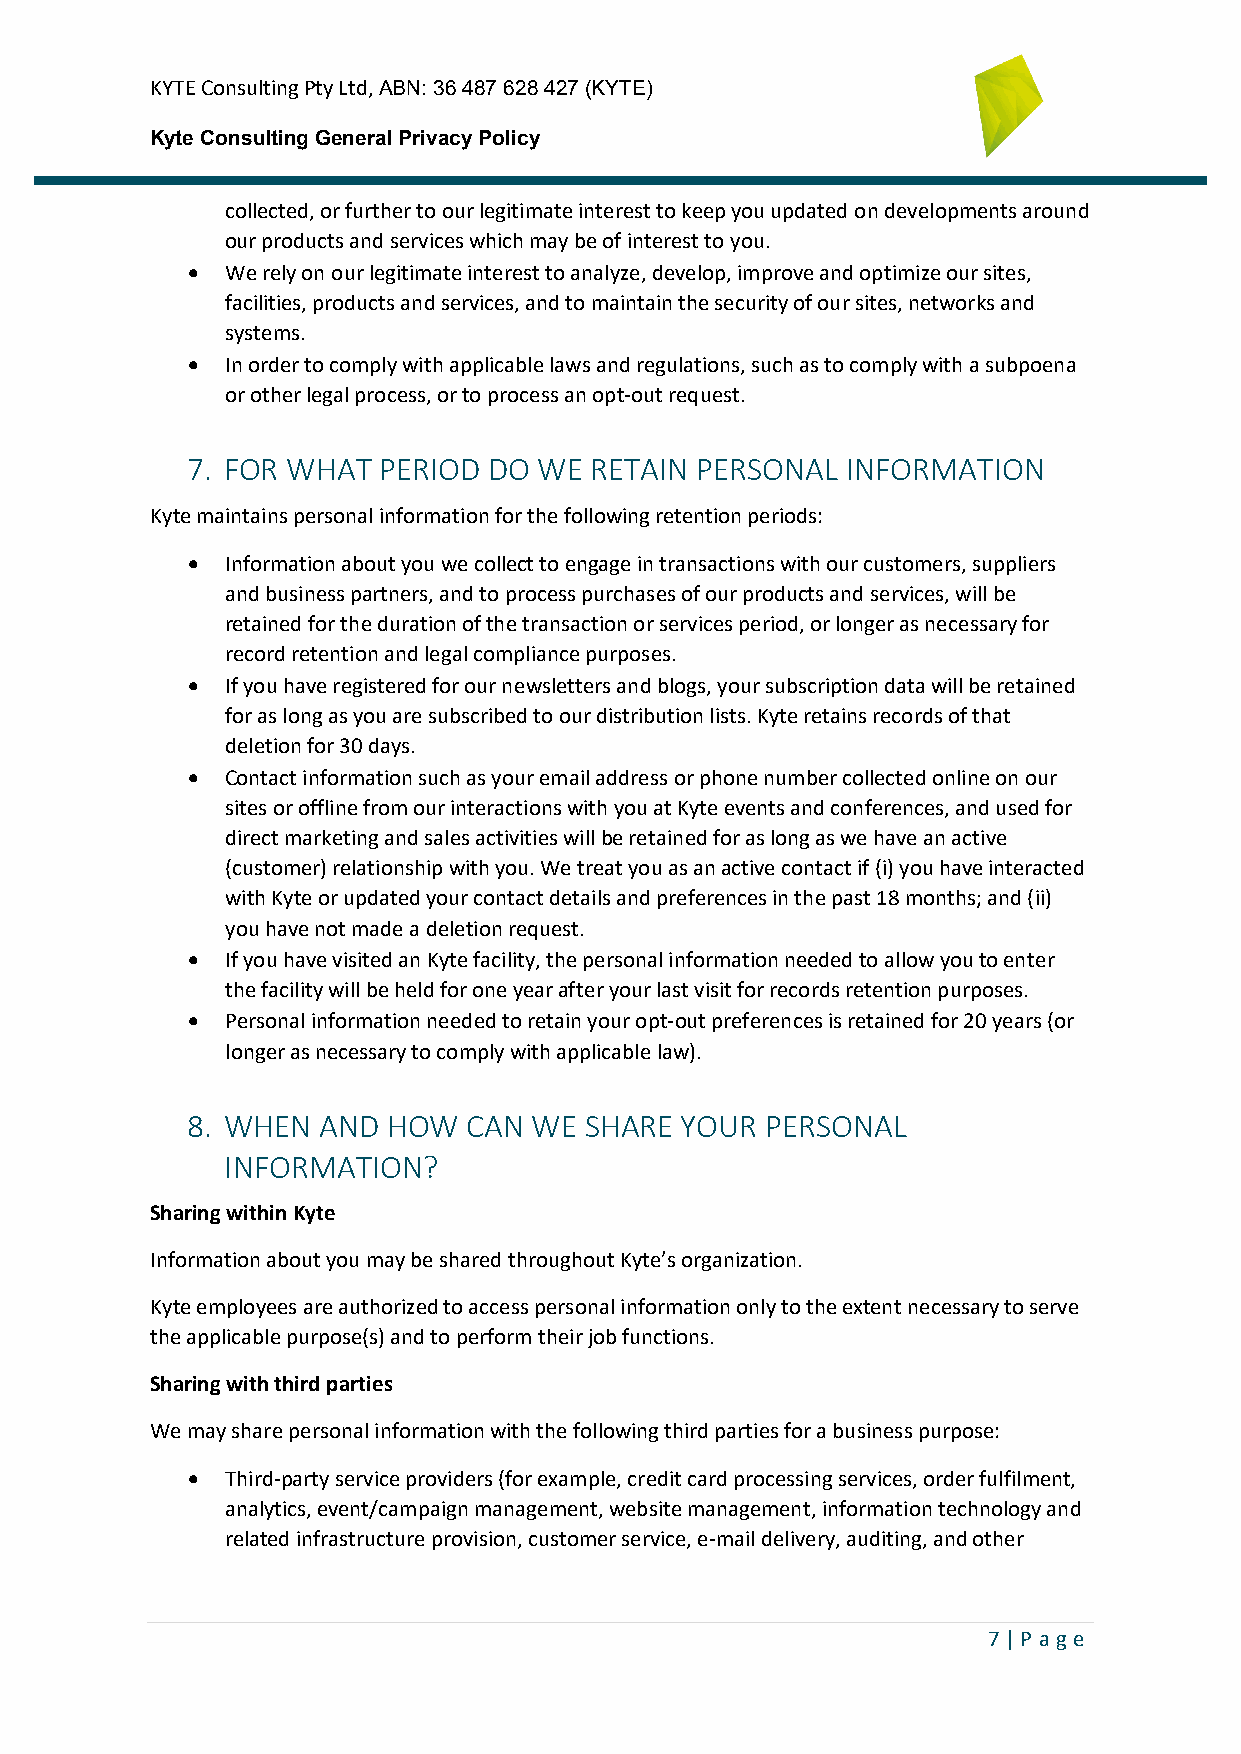
KYTE Consulting Pty Ltd, ABN: 36 487 628 427 (KYTE)
 Kyte Consulting General Privacy Policy
 collected, or further to our legitimate interest to keep you updated on developments around
 our products and services which may be of interest to you.
 •  We rely on our legitimate interest to analyze, develop, improve and optimize our sites,
 facilities, products and services, and to maintain the security of our sites, networks and
 systems.
 •  In order to comply with applicable laws and regulations, such as to comply with a subpoena
 or other legal process, or to process an opt-out request.
 7. FOR WHAT  PERIOD DO  WE RETAIN PERSONAL  INFORMATION
 Kyte maintains personal information for the following retention periods:
 •  Information about you we collect to engage in transactions with our customers, suppliers
 and business partners, and to process purchases of our products and services, will be
 retained for the duration of the transaction or services period, or longer as necessary for
 record retention and legal compliance purposes.
 •  If you have registered for our newsletters and blogs, your subscription data will be retained
 for as long as you are subscribed to our distribution lists. Kyte retains records of that
 deletion for 30 days.
 •  Contact information such as your email address or phone number collected online on our
 sites or offline from our interactions with you at Kyte events and conferences, and used for
 direct marketing and sales activities will be retained for as long as we have an active
 (customer) relationship with you. We treat you as an active contact if (i) you have interacted
 with Kyte or updated your contact details and preferences in the past 18 months; and (ii)
 you have not made a deletion request.
 •  If you have visited an Kyte facility, the personal information needed to allow you to enter
 the facility will be held for one year after your last visit for records retention purposes.
 •  Personal information needed to retain your opt-out preferences is retained for 20 years (or
 longer as necessary to comply with applicable law).
 8. WHEN  AND  HOW  CAN WE  SHARE YOUR  PERSONAL
 INFORMATION?
 Sharing within Kyte
 Information about you may be shared throughout Kyte’s organization.
 Kyte employees are authorized to access personal information only to the extent necessary to serve
 the applicable purpose(s) and to perform their job functions.
 Sharing with third parties
 We may share personal information with the following third parties for a business purpose:
 •  Third-party service providers (for example, credit card processing services, order fulfilment,
 analytics, event/campaign management, website management, information technology and
 related infrastructure provision, customer service, e-mail delivery, auditing, and other
 7 | P ag e